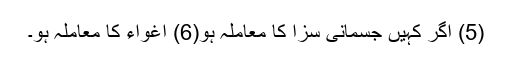
(5) اگر کہیں جسمانی سزا کا معاملہ ہو(6) اغواء کا معاملہ ہو۔